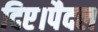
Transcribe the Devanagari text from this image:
दिए।पैदल